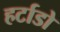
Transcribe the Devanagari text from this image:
हर्टाडो